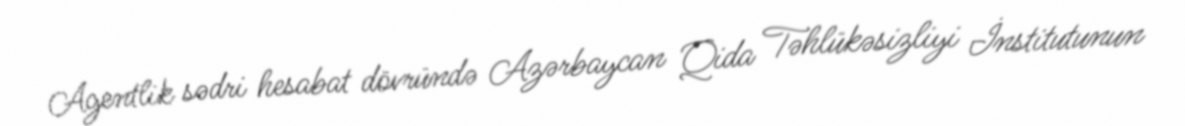
Agentlik sədri hesabat dövründə Azərbaycan Qida Təhlükəsizliyi İnstitutunun